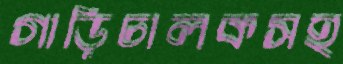
গাড়িচালকসহ